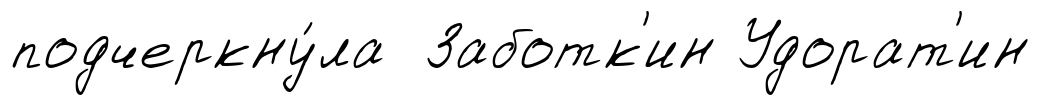
подчеркну́ла Заботк'ин Удорат'ин